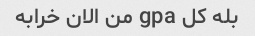
بله کل gpa من الان خرابه